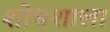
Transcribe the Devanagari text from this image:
शोधशाला